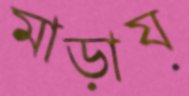
মাড়ায়